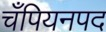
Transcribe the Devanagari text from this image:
चँपियनपद